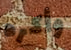
وأكره